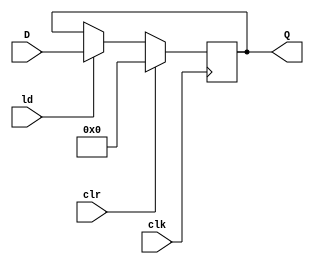
`timescale 1ns / 1ps

//MODULE FOR Acc Register
module accReg(ld, clr, clk, D, Q);
//inputs
input clr, clk, ld;

//Input for accRegister = output from mux
input [15:0] D;


//output that enter on the Display and the B input of ALU
output reg [15:0] Q;

//fire on clock
always @ (posedge clk)
    //if clear the output will be 0
    if(clr)
        Q <= 0;
        //if load then the output will be the input
    else if(ld)
        Q <= D;
    
endmodule